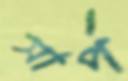
সার্প